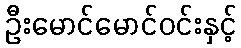
ဦးမောင်မောင်ဝင်းနှင့်